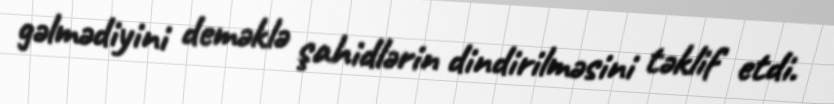
gəlmədiyini deməklə şahidlərin dindirilməsini təklif etdi.